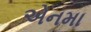
એનમા